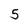
Character: 5